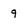
Character: 9